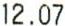
12.07